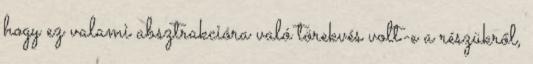
hogy ez valami absztrakcióra való törekvés volt-e a részükről,